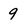
Character: 9